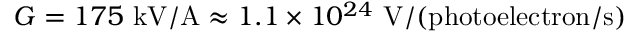
G = 1 7 5 ~ \mathrm { k V / A } \approx 1 . 1 \times 1 0 ^ { 2 4 } ~ \mathrm { V / ( p h o t o e l e c t r o n / s ) }